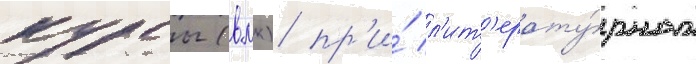
курсы (влк) пр'и́ л'ит'ерату́рном